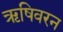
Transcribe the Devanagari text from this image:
ऋषिवरन